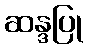
ဆန္ဒပြု